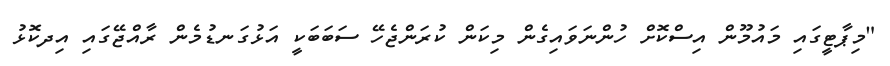
"މިޕާޓީގައި މައުމޫން އިސްކޮށް ހުންނަވައިގެން މިކަން ކުރަންޖެހޭ ސަބަބަކީ އަޅުގަނޑުމެން ރާއްޖޭގައި އިދކޮޅު